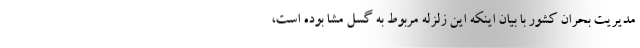
مدیریت بحران کشور با بیان اینکه این زلزله مربوط به گسل مشا بوده است،